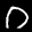
Label: 0